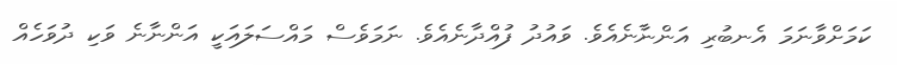
ކަމަށްވާނަމަ އެނބުރި އަންނާނެއެވެ. ވައުދު ފުއްދާނެއެވެ. ނަމަވެސް މައްސަލައަކީ އަންނާނެ ވަކި ދުވަހެއް